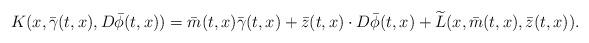
LaTeX: \begin{align*} K(x, \bar \gamma(t,x), D\bar \phi(t,x))= \bar m(t,x) \bar \gamma(t,x) + \bar z(t,x)\cdot D\bar \phi(t,x)+ \widetilde L(x, \bar m(t,x) , \bar z(t,x)).\end{align*}